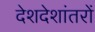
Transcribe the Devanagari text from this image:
देशदेशांतरों